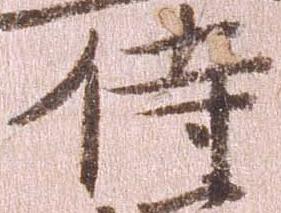
侍